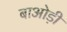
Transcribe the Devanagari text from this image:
बाओड़ी